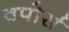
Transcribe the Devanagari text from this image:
वपोर्स